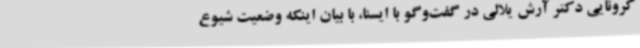
کرونایی دکتر آرش یلالی در گفت‌وگو با ایسنا، با بیان اینکه وضعیت شیوع